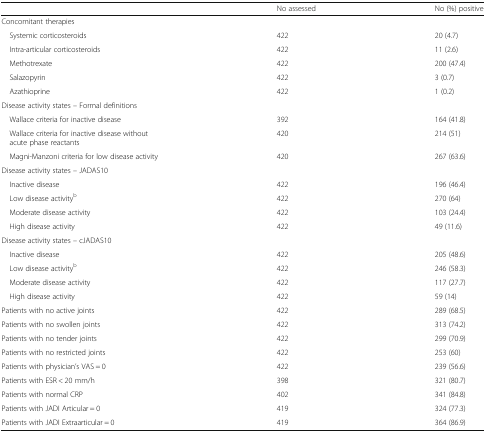
|  | No assessed | No (%) positive |
 | --- | --- | --- |
 | <COLSPAN=3> Concomitant therapies |
 | Systemic corticosteroids | 422 | 20 (4.7) |
 | Intra-articular corticosteroids | 422 | 11 (2.6) |
 | Methotrexate | 422 | 200 (47.4) |
 | Salazopyrin | 422 | 3 (0.7) |
 | Azathioprine | 422 | 1 (0.2) |
 | <COLSPAN=3> Disease activity states – Formal definitions |
 | Wallace criteria for inactive disease | 392 | 164 (41.8) |
 | Wallace criteria for inactive disease without acute phase reactants | 420 | 214 (51) |
 | Magni-Manzoni criteria for low disease activity | 420 | 267 (63.6) |
 | <COLSPAN=3> Disease activity states – JADAS10 |
 | Inactive disease | 422 | 196 (46.4) |
 | Low disease activityb | 422 | 270 (64) |
 | Moderate disease activity | 422 | 103 (24.4) |
 | High disease activity | 422 | 49 (11.6) |
 | <COLSPAN=3> Disease activity states – cJADAS10 |
 | Inactive disease | 422 | 205 (48.6) |
 | Low disease activityb | 422 | 246 (58.3) |
 | Moderate disease activity | 422 | 117 (27.7) |
 | High disease activity | 422 | 59 (14) |
 | Patients with no active joints | 422 | 289 (68.5) |
 | Patients with no swollen joints | 422 | 313 (74.2) |
 | Patients with no tender joints | 422 | 299 (70.9) |
 | Patients with no restricted joints | 422 | 253 (60) |
 | Patients with physician’s VAS = 0 | 422 | 239 (56.6) |
 | Patients with ESR < 20 mm/h | 398 | 321 (80.7) |
 | Patients with normal CRP | 402 | 341 (84.8) |
 | Patients with JADI Articular = 0 | 419 | 324 (77.3) |
 | Patients with JADI Extraarticular = 0 | 419 | 364 (86.9) |